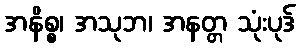
အနိစ္စ၊ အသုဘ၊ အနတ္တ သုံးပုဒ်